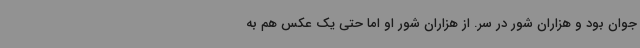
جوان بود و هزاران شور در سر. از هزاران شور او اما حتی یک عکس هم به